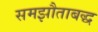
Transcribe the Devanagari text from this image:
समझौताबद्ध